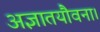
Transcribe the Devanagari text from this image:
अज्ञातयौवना।